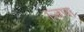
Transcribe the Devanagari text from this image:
।जपा